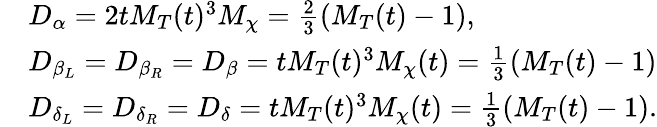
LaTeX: \begin{array}{rl}&{D_{\alpha}=2tM_{T}(t)^{3}M_{\chi}=\frac{2}{3}(M_{T}(t)-1)\mathrm{,}}\\ &{D_{\beta_{L}}=D_{\beta_{R}}=D_{\beta}=tM_{T}(t)^{3}M_{\chi}(t)=\frac{1}{3}(M_{T}(t)-1)}\\ &{D_{\delta_{L}}=D_{\delta_{R}}=D_{\delta}=tM_{T}(t)^{3}M_{\chi}(t)=\frac{1}{3}(M_{T}(t)-1)\mathrm{.}}\end{array}